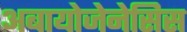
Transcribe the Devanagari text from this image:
अबायोजेनेसिस